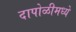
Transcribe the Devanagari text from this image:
दापोळीमध्ये